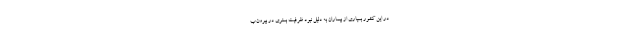
در این کشور بسیاری از بیماران به دلیل نبود ظرفیت بستری در بیرون ب